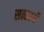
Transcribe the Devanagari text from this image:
सत्कार्ये